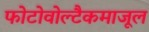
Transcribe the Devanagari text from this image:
फोटोवोल्टैकमाजूल